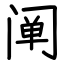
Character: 阐